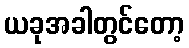
ယခုအခါတွင်တော့